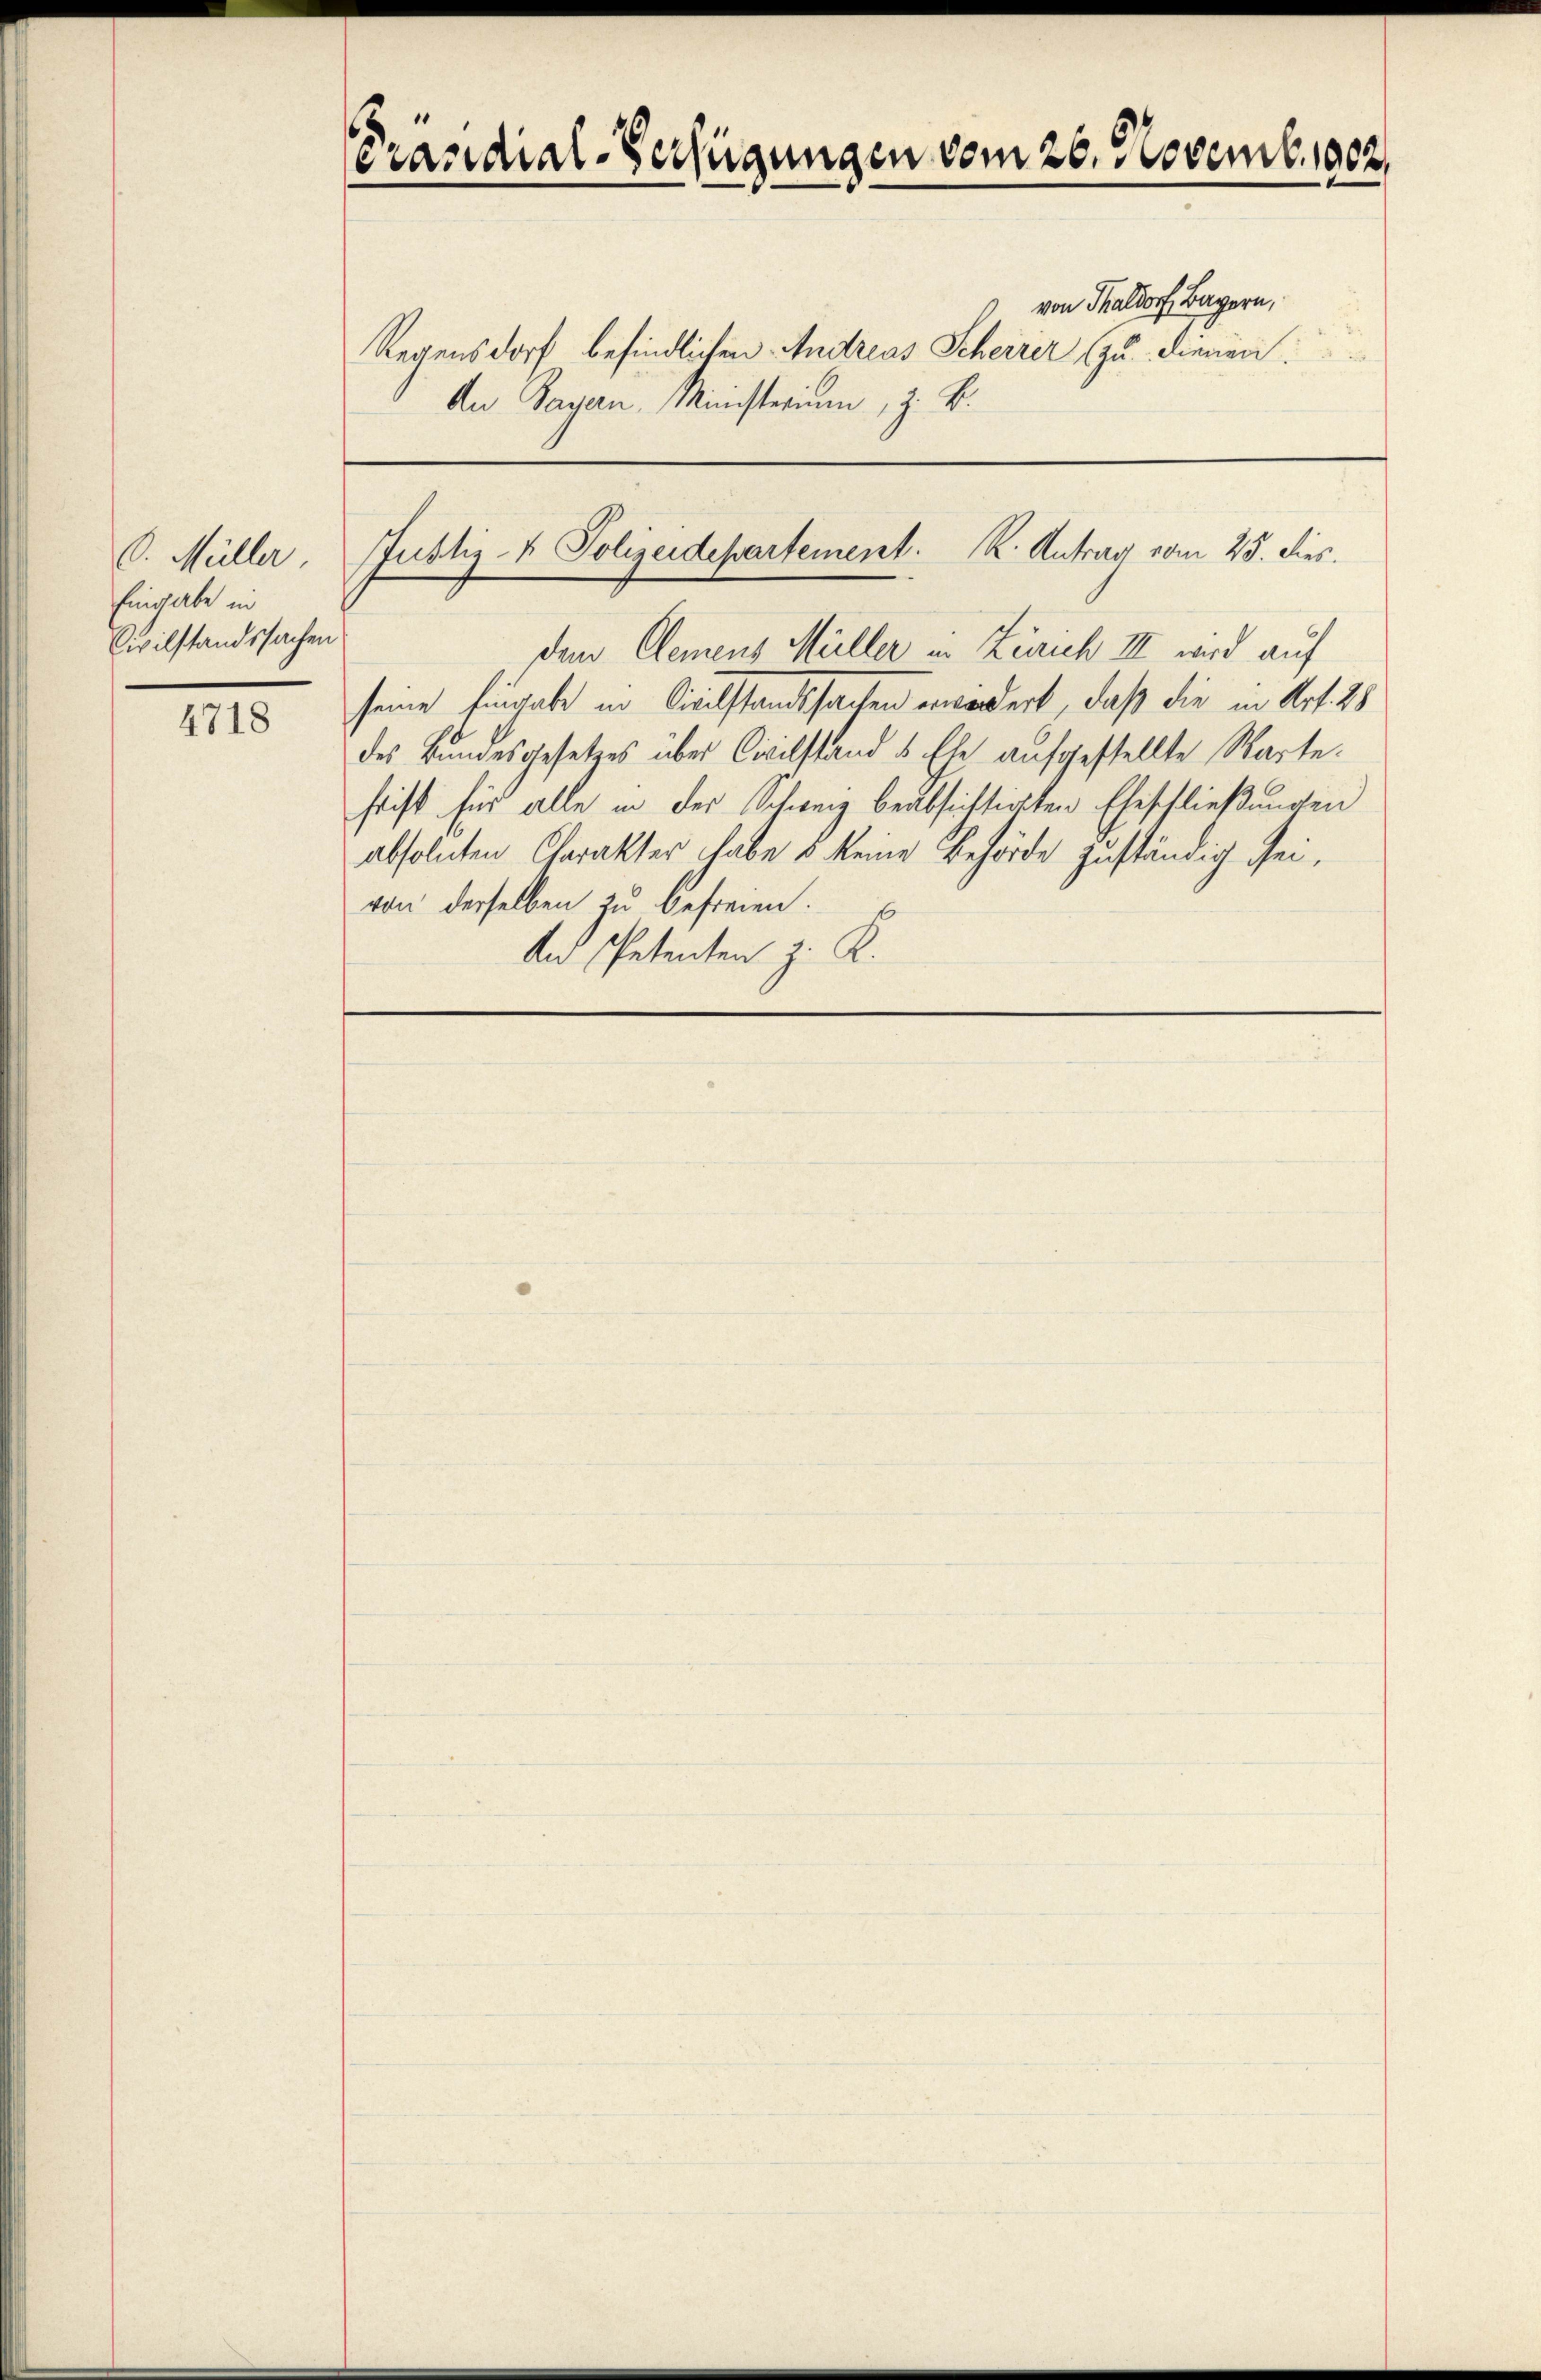
O. Müller
Eingabe in
Civilstandssachen

4718

Präsidial-Verfügungen vom 26. Novemb. 1802.

von Thaldorf, Bayern,
Regensdorf befindlichen Andreas Scheirer zu dienen:
Au Payern. Ministerium, z. B.

Justiz- & Polizeidepartement. K. Antrag vom 25. dies

dem Clemens Müller in Zürich III wird auf
seine Eingabe in Civilstandssachen erwindert, daß die in Art. 28
des Bundesgesetzes über Civilstand & Ehe aufgestellte Warte.
frist für alle in der Schweiz beabsichtigten Eheschließungen
absoluten Charakter habe 5 keine Behörde zuständig sei,
von derselben zu befreien.
An Petenten z. R.